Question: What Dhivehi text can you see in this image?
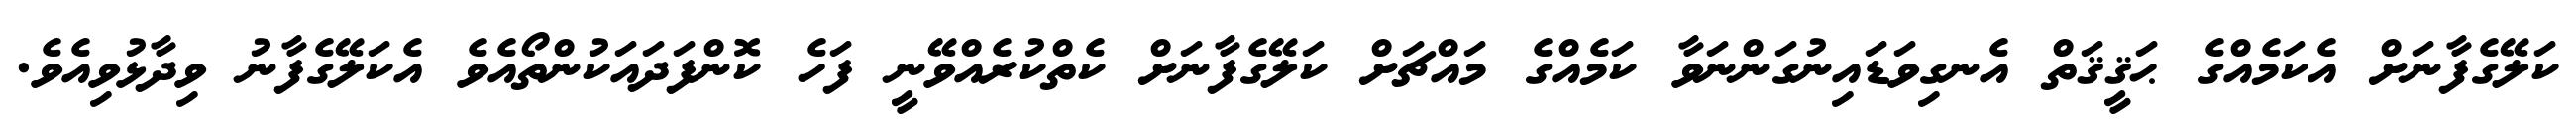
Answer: ކަލޭގެފާނަށް އެކަމެއްގެ ޙަޤީޤަތް އެނގިވަޑައިނުގަންނަވާ ކަމެއްގެ މައްޗަށް ކަލޭގެފާނަށް ކެތްކުރެއްވޭނީ ފަހެ ކޮންފަދައަކުންތޯއެވެ އެކަލޭގެފާނު ވިދާޅުވިއެވެ.